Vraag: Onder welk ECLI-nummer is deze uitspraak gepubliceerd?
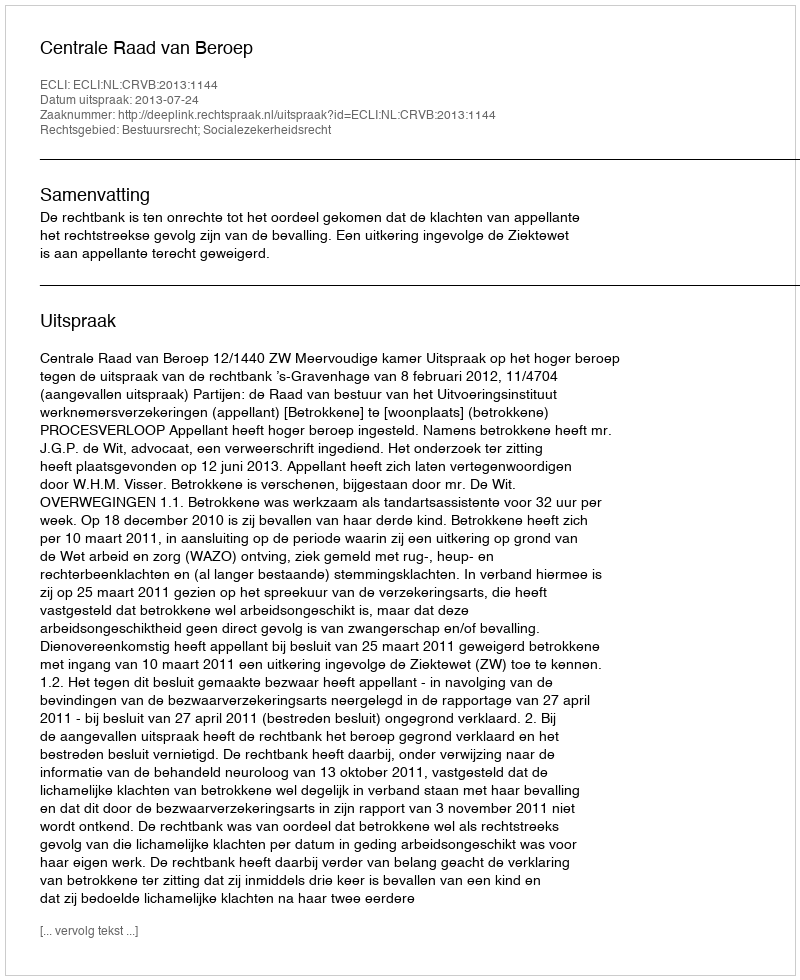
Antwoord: ECLI:NL:CRVB:2013:1144